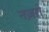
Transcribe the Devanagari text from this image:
नज़रो